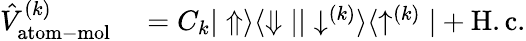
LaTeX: \begin{array}{rl}{\hat{V}_{\mathrm{atom-mol}}^{(k)}}&{{}=C_{k}|\Uparrow\rangle\langle\Downarrow||\downarrow^{(k)}\rangle\langle\uparrow^{(k)}|+\mathrm{H.c.}}\end{array}